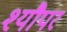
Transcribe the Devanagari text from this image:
श्यौपर